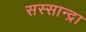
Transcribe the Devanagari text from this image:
सस्सान्द्रा